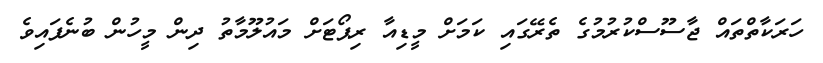
ހަރަކާތްތައް ޖާސޫސްކުރުމުގެ ތެރޭގައި ކަމަށް މީޑިއާ ރިޕޯޓަށް މައުލޫމާތު ދިން މީހުން ބުނެފައިވެ